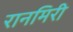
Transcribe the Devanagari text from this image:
रानमिरी